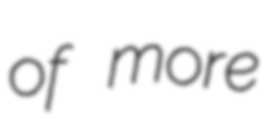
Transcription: of more